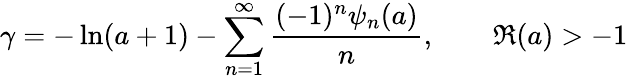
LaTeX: \gamma=-\ln(a+1)-\sum_{n=1}^{\infty}{\frac{(-1)^{n}\psi_{n}(a)}{n}},\qquad\Re(a)>-1